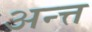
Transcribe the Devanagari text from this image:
अन्त्त